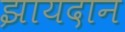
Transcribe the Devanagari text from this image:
झायदान